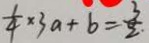
\frac { 1 } { 4 } \times 3 a + b = \frac { 3 } { 2 . }